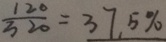
\frac { 1 2 0 } { 3 2 0 } = 3 7 , 5 \%